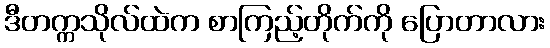
ဒီတက္ကသိုလ်ထဲက စာကြည့်တိုက်ကို ပြောတာလား